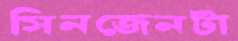
সিনজেনটা